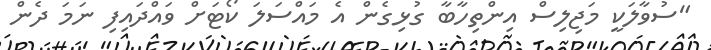
"ސުވާލަކީ މަޖިލިސް އިންތިހާބާ ގުޅިގެން އެ މައްސަލަ ކޯޓަށް ވައްދައިފި ނަމަ ދެން